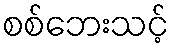
စစ်ဘေးသင့်